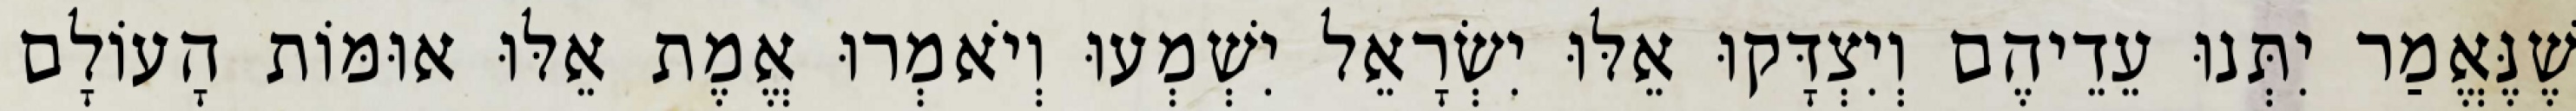
שֶׁנֶּאֱמַר יִתְּנוּ עֵדֵיהֶם וְיִצְדָּקוּ אֵלּוּ יִשְׂרָאֵל יִשְׁמְעוּ וְיֹאמְרוּ אֱמֶת אֵלּוּ אוּמּוֹת הָעוֹלָם